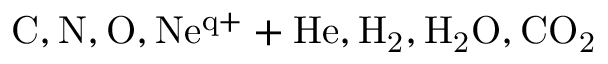
\mathrm { C , N , O , N e ^ { q + } + H e , H _ { 2 } , H _ { 2 } O , C O _ { 2 } }